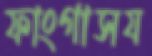
ফাংগাসয